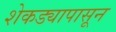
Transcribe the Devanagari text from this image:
शेकड्यापासून